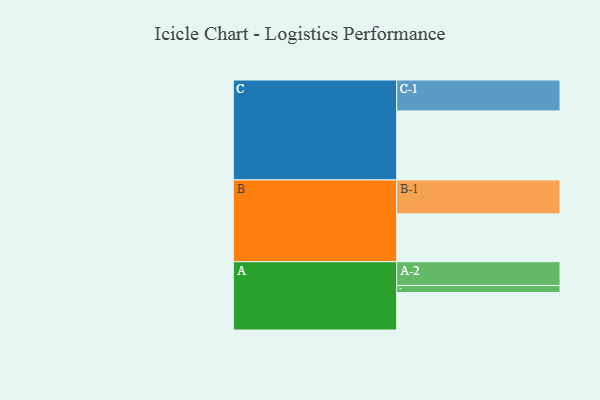
{"axis": {"x": "Segment", "y": "Value"}, "legend": ["", "A", "B", "C"], "data": [{"x": "A", "y": 300, "type": ""}, {"x": "B", "y": 384, "type": ""}, {"x": "C", "y": 554, "type": ""}, {"x": "A-1", "y": 57, "type": "A"}, {"x": "A-2", "y": 191, "type": "A"}, {"x": "B-1", "y": 272, "type": "B"}, {"x": "C-1", "y": 248, "type": "C"}]}